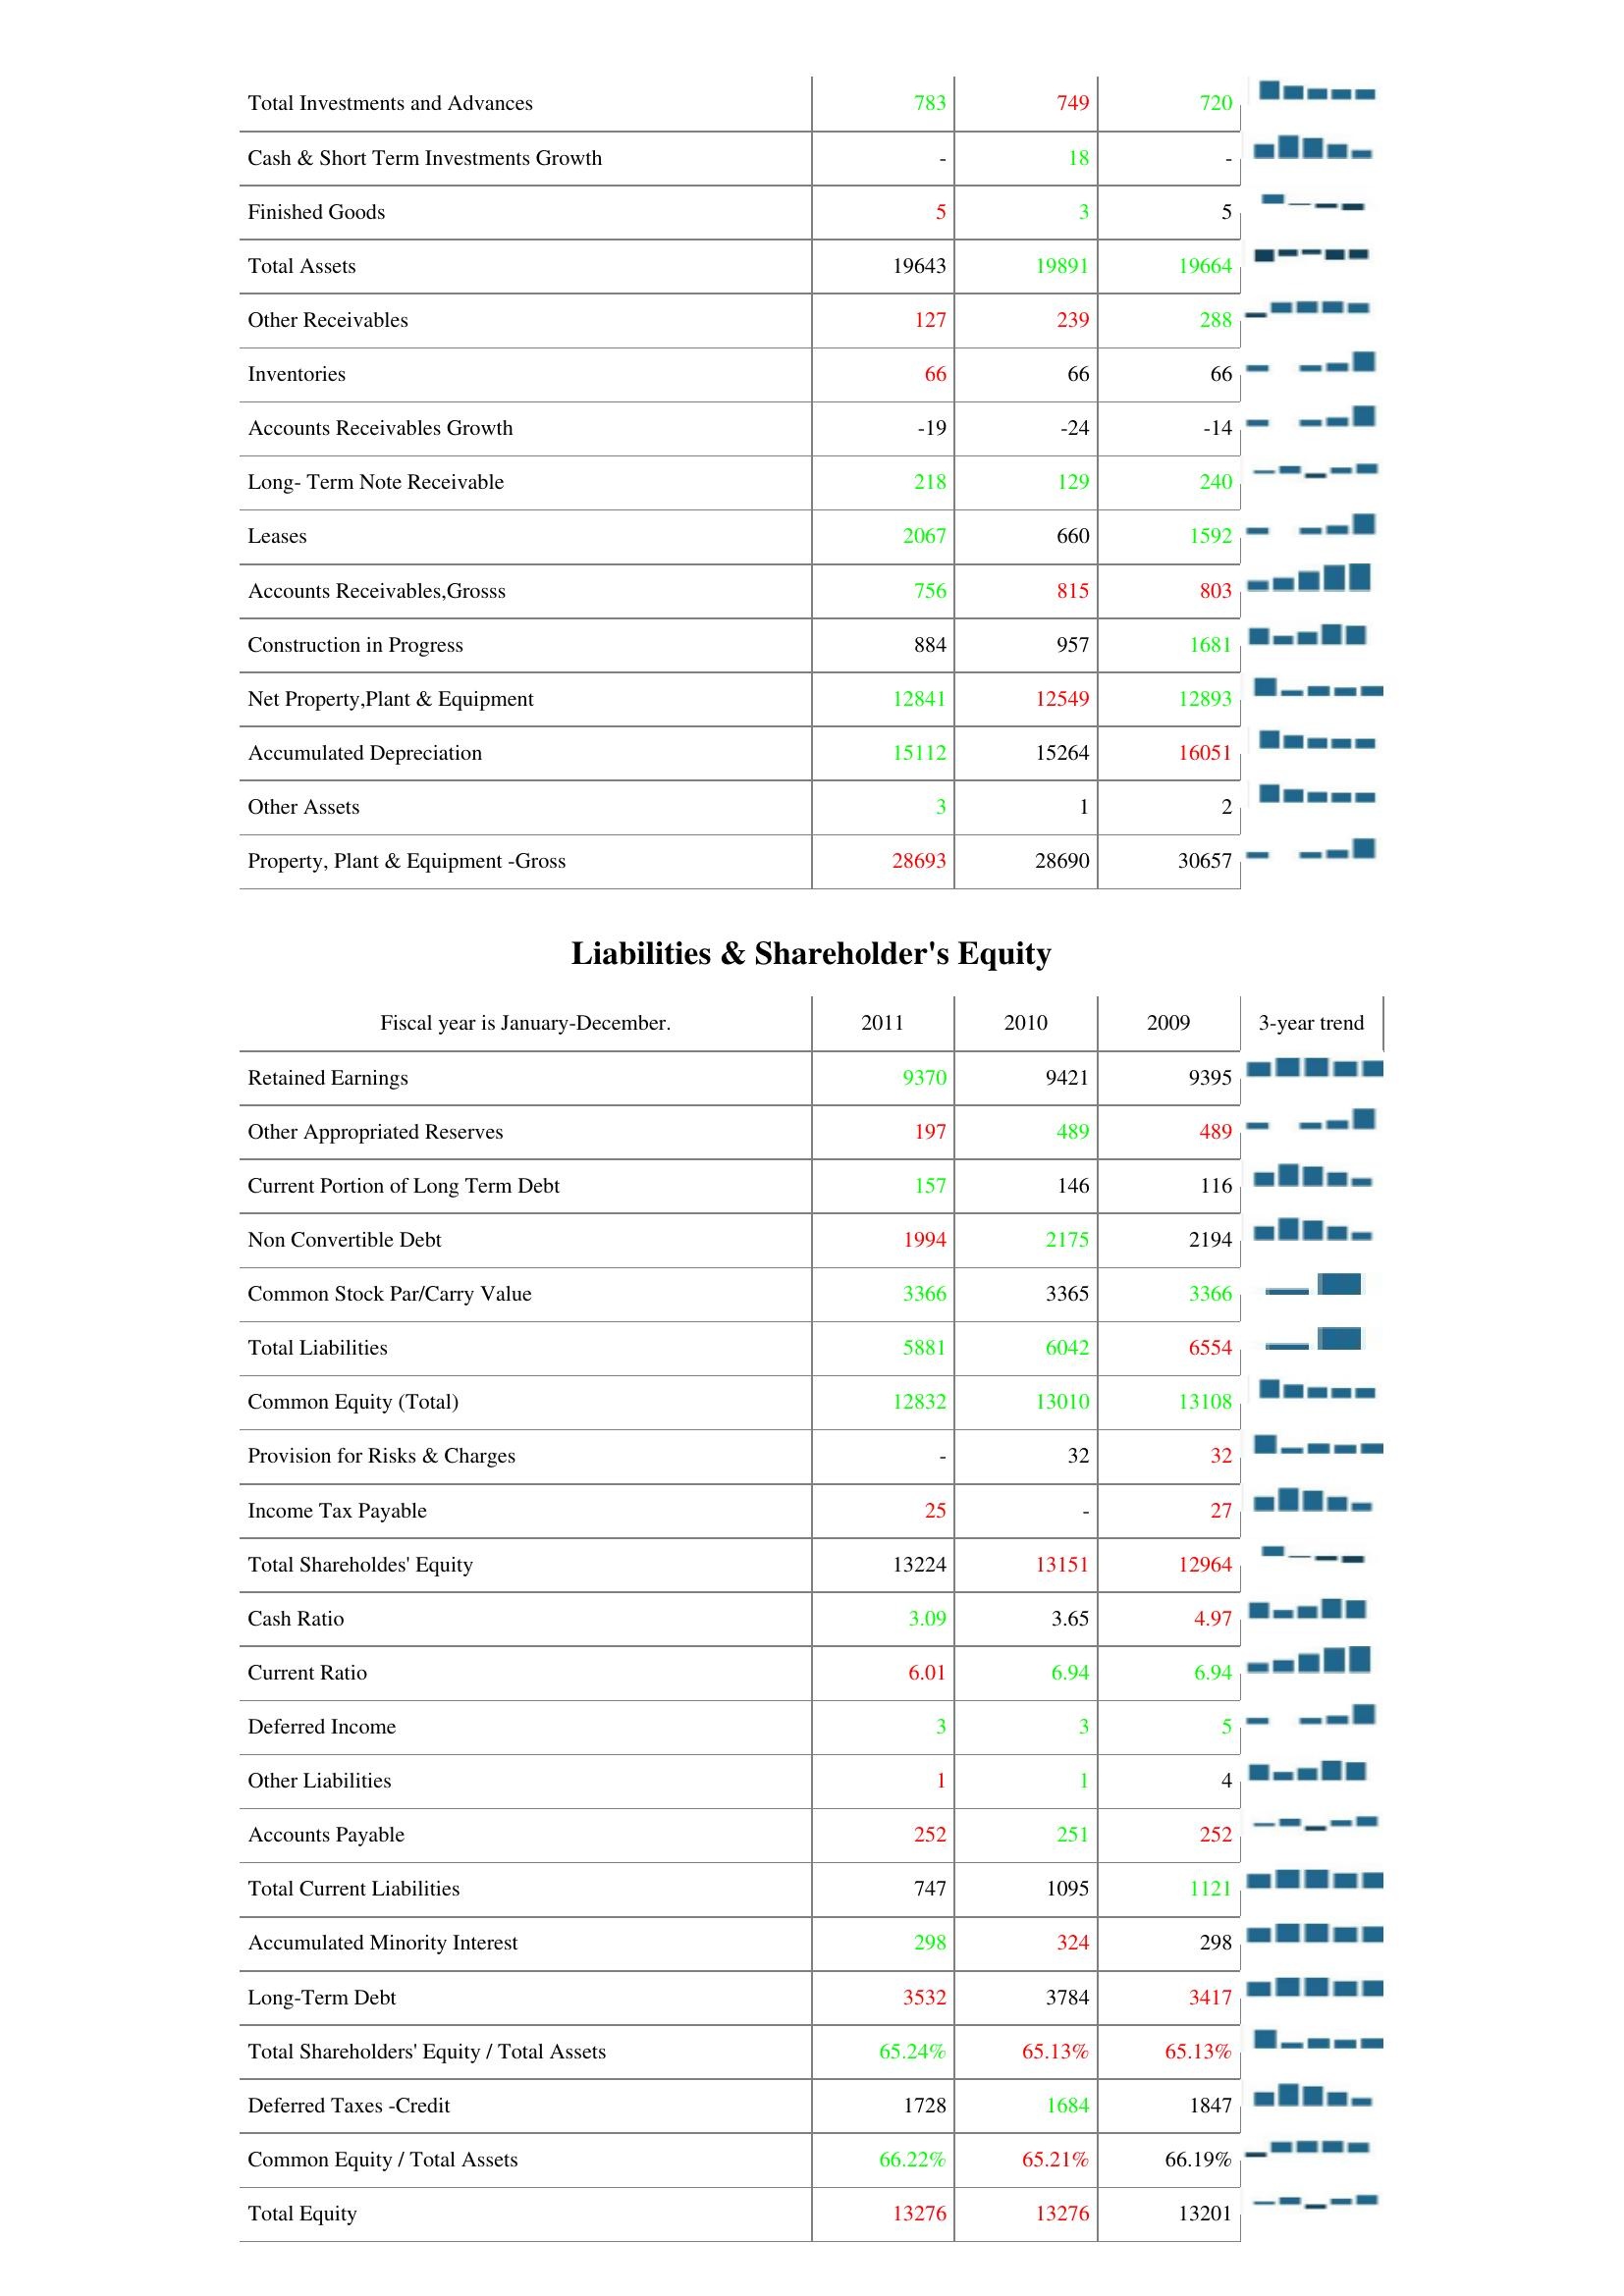
2011: Assets: Total Investments and Advances: 783
Cash & Short Term Investments Growth: -
Finished Goods: 5
Total Assets: 19643
Other Receivables: 127
Inventories: 66
Accounts Receivables Growth: -19
Long- Term Note Receivable: 218
Leases: 2067
Accounts Receivables,Grosss: 756
Construction in Progress: 884
Net Property,Plant & Equipment: 12841
Accumulated Depreciation: 15112
Other Assets: 3
Property, Plant & Equipment -Gross: 28693
Liabilities & Shareholder's Equity: Retained Earnings: 9370
Other Appropriated Reserves: 197
Current Portion of Long Term Debt: 157
Non Convertible Debt: 1994
Common Stock Par/Carry Value: 3366
Total Liabilities: 5881
Common Equity (Total): 12832
Provision for Risks & Charges: -
Income Tax Payable: 25
Total Shareholdes' Equity: 13224
Cash Ratio: 3.09
Current Ratio: 6.01
Deferred Income: 3
Other Liabilities: 1
Accounts Payable: 252
Total Current Liabilities: 747
Accumulated Minority Interest: 298
Long-Term Debt: 3532
Total Shareholders' Equity / Total Assets: 65.24%
Deferred Taxes -Credit: 1728
Common Equity / Total Assets: 66.22%
Total Equity: 13276
2010: Assets: Total Investments and Advances: 749
Cash & Short Term Investments Growth: 18
Finished Goods: 3
Total Assets: 19891
Other Receivables: 239
Inventories: 66
Accounts Receivables Growth: -24
Long- Term Note Receivable: 129
Leases: 660
Accounts Receivables,Grosss: 815
Construction in Progress: 957
Net Property,Plant & Equipment: 12549
Accumulated Depreciation: 15264
Other Assets: 1
Property, Plant & Equipment -Gross: 28690
Liabilities & Shareholder's Equity: Retained Earnings: 9421
Other Appropriated Reserves: 489
Current Portion of Long Term Debt: 146
Non Convertible Debt: 2175
Common Stock Par/Carry Value: 3365
Total Liabilities: 6042
Common Equity (Total): 13010
Provision for Risks & Charges: 32
Income Tax Payable: -
Total Shareholdes' Equity: 13151
Cash Ratio: 3.65
Current Ratio: 6.94
Deferred Income: 3
Other Liabilities: 1
Accounts Payable: 251
Total Current Liabilities: 1095
Accumulated Minority Interest: 324
Long-Term Debt: 3784
Total Shareholders' Equity / Total Assets: 65.13%
Deferred Taxes -Credit: 1684
Common Equity / Total Assets: 65.21%
Total Equity: 13276
2009: Assets: Total Investments and Advances: 720
Cash & Short Term Investments Growth: -
Finished Goods: 5
Total Assets: 19664
Other Receivables: 288
Inventories: 66
Accounts Receivables Growth: -14
Long- Term Note Receivable: 240
Leases: 1592
Accounts Receivables,Grosss: 803
Construction in Progress: 1681
Net Property,Plant & Equipment: 12893
Accumulated Depreciation: 16051
Other Assets: 2
Property, Plant & Equipment -Gross: 30657
Liabilities & Shareholder's Equity: Retained Earnings: 9395
Other Appropriated Reserves: 489
Current Portion of Long Term Debt: 116
Non Convertible Debt: 2194
Common Stock Par/Carry Value: 3366
Total Liabilities: 6554
Common Equity (Total): 13108
Provision for Risks & Charges: 32
Income Tax Payable: 27
Total Shareholdes' Equity: 12964
Cash Ratio: 4.97
Current Ratio: 6.94
Deferred Income: 5
Other Liabilities: 4
Accounts Payable: 252
Total Current Liabilities: 1121
Accumulated Minority Interest: 298
Long-Term Debt: 3417
Total Shareholders' Equity / Total Assets: 65.13%
Deferred Taxes -Credit: 1847
Common Equity / Total Assets: 66.19%
Total Equity: 13201